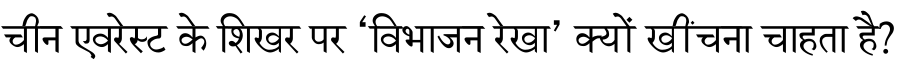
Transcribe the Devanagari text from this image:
चीन एवरेस्ट के शिखर पर ‘विभाजन रेखा’ क्यों खींचना चाहता है?